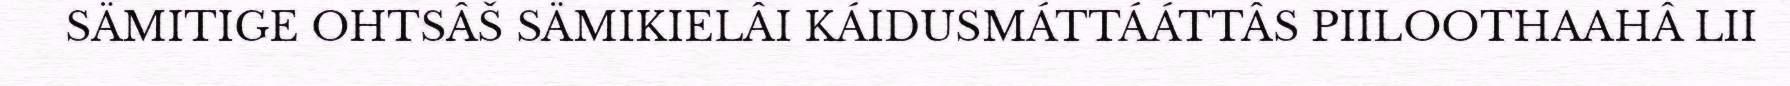
SÄMITIGE OHTSÂŠ SÄMIKIELÂI KÁIDUSMÁTTÁÁTTÂS PIILOOTHAAHÂ LII